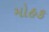
મોહક